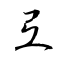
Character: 弖